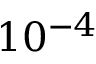
1 0 ^ { - 4 }